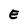
Character: E